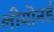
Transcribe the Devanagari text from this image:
लीयोनर्ड